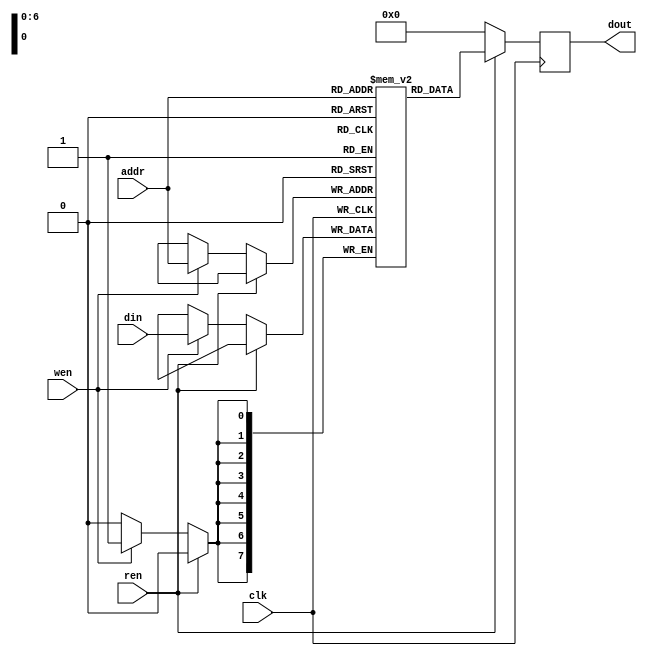
`timescale 1ns/1ps

module Memory (clk, ren, wen, addr, din, dout);
input clk;
input ren, wen;
input [6:0] addr;
input [7:0] din;
output [7:0] dout;

reg [7:0] mem[127:0];
reg [7:0] dout;
wire [7:0] out;


always @(negedge clk) begin
    if(ren == 1'b1 ) 
    begin
        dout <= mem[addr];
    end
    
    else  if(wen == 1'b1 )begin
        mem[addr] = din;
        dout <= 8'b0;
     end
     else dout <= 8'b0;
end




endmodule